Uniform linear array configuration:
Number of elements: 4
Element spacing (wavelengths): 1
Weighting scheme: hann
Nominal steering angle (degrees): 0
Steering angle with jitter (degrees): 1.213
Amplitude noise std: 0.05
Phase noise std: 0.05

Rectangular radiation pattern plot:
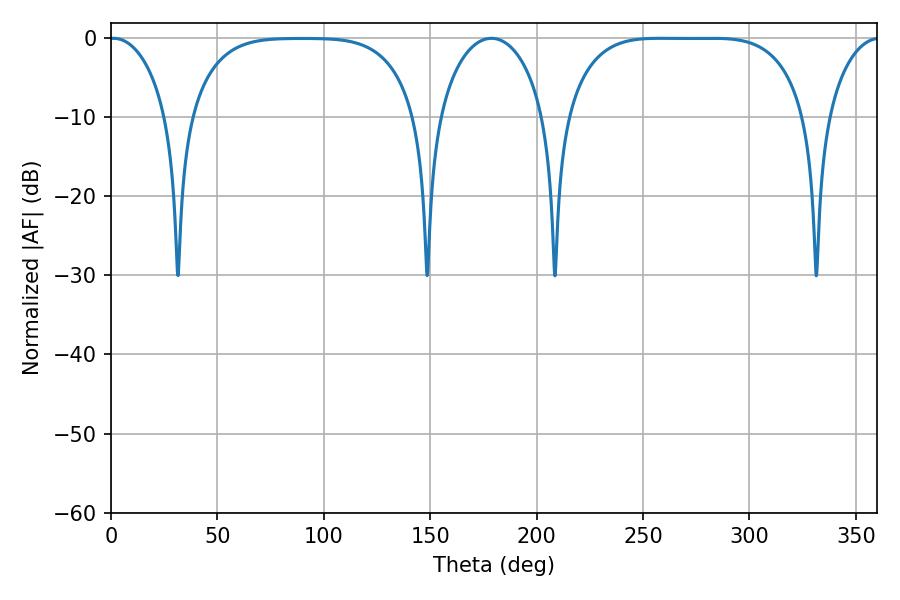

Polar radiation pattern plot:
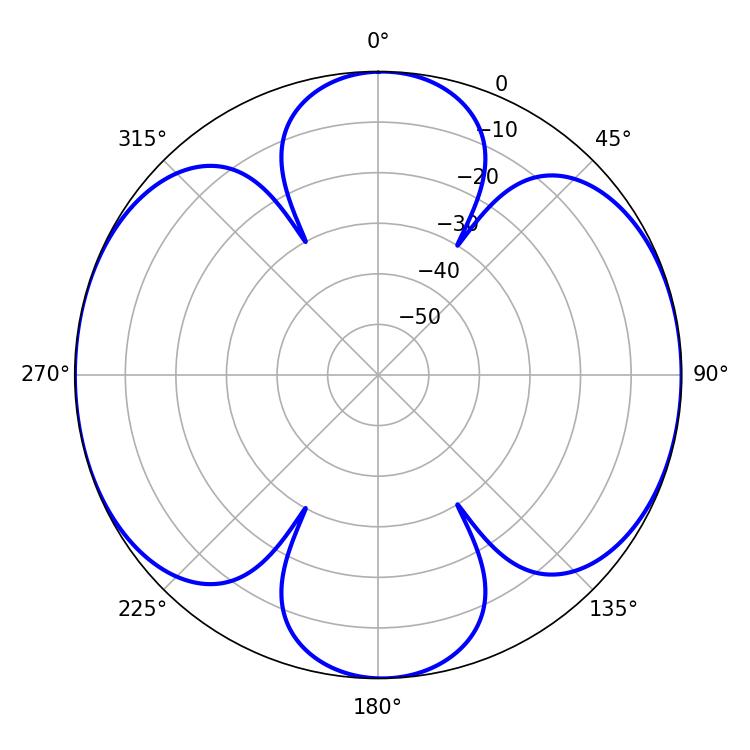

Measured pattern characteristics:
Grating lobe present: TRUE
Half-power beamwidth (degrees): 86.4
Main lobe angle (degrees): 258.12